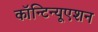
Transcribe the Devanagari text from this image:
कॉन्‍टिन्‍यूएशन